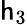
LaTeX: \mathsf{h}_{3}